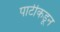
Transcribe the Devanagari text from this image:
पार्टीकडून